Mental hospitals Bombay report 1929-33 - 1929-1933
Year: 1929
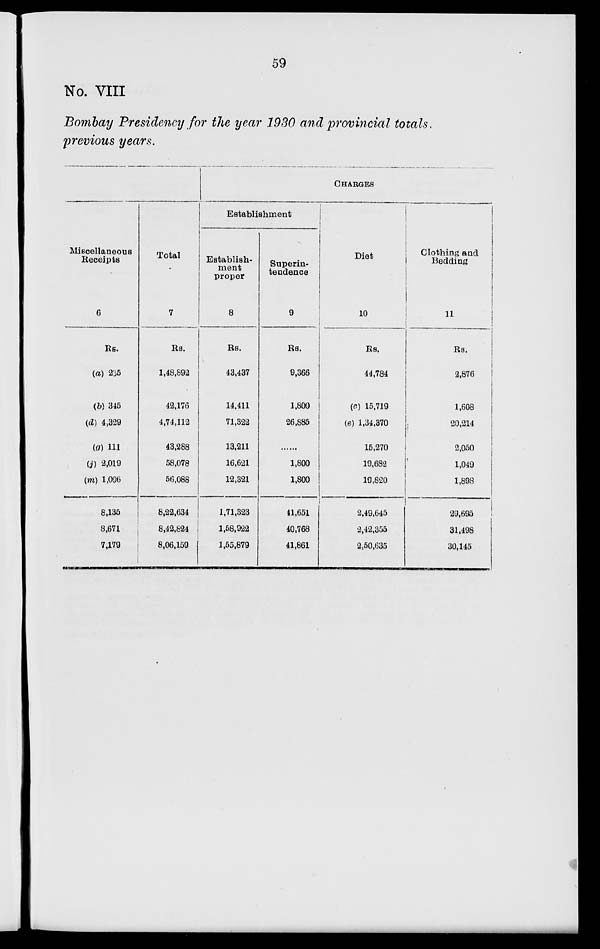
59
No. VIII
Bombay Presidency for the year 1930 and provincial totals.
previous years.
Miscellaneous
Receipts
6
Rs.
(a) 235
(b) 345
(d) 4,329
(g)111
(j) 2,019
(m) 1,096
8,135
8,671
7,179
Total
7
Rs.
1,48,892
42,176
4,74,112
43,288
58,078
56,088
8,22,634
8,42,824
8,06,159
CHARGES
Establishment
Establish-
ment
proper
8
Rs.
43,437
14,411
71,322
13,211
16,621
12,321
1,71,323
1,58,922
1,55,879
Superin-
tendence
9
Rs.
9,366
1,800
26,885
.......
1,800
1,800
41,651
40,768
41,861
Diet
10
Rs.
44,784
(c) 15,719
(e) 1,34,370
15,270
19,682
19,820
2,49,645
2,42,355
2,50,635
Clothing and
Bedding
11
Rs.
2,876
1,608
20,214
2,050
1,049
1,898
29,695
31,498
30,145